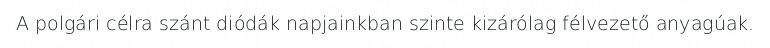
A polgári célra szánt diódák napjainkban szinte kizárólag félvezető anyagúak.